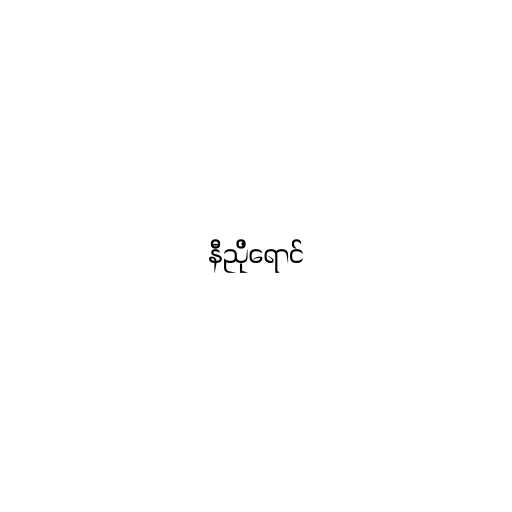
နီညိုရောင်